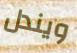
ويندل